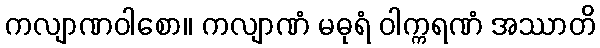
ကလျာဏဝါစော။ ကလျာဏံ မဓုရံ ဝါက္ကရဏံ အဿာတိ